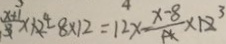
\frac { x + 1 } { 3 } \times 1 2 - 8 \times 1 2 = 1 2 x - \frac { x - 8 } { 4 } \times 1 2